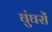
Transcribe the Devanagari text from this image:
घुंघरों